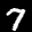
Label: 7